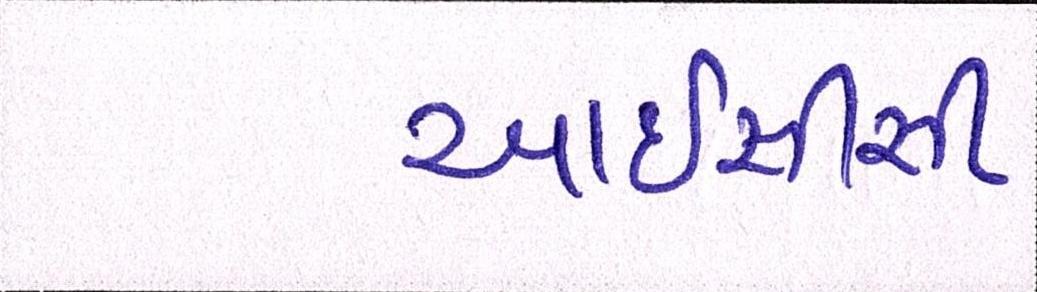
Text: આઇસીસી